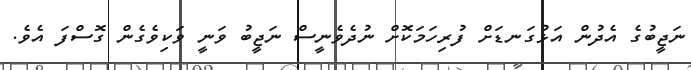
ނަޖީބުގެ އެދުން އަޅުގަނޑަށް ފުރިހަމަކޮށް ނުދެވެނީސް ނަޖީބު ވަނީ ވަކިވެގެން ގޮސްފަ އެވެ.